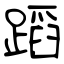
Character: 蹈